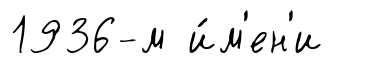
1936-м и́м'ен'и